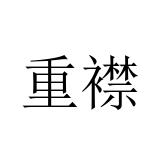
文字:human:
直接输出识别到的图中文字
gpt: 重襟